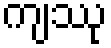
ကျဿု